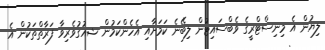
ލިޔުން އެ މިނިސްޓްރީގެ ވެބްސައިޓުން ލިބޭނެ ކަމަށާއި އެހެންކަމުން ޝއުގުވެރިވާ ފަރާތްތަކުން އެ